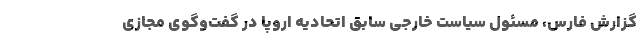
گزارش فارس، مسئول سیاست خارجی سابق اتحادیه اروپا در گفت‌وگوی مجازی